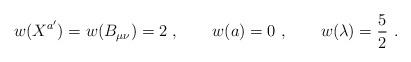
LaTeX: \begin{align*}w (X^{a'})= w (B_{\mu\nu})=2 \ , \qquad w (a) =0 \ , \qquad w(\lambda)={5\over2} \ .\end{align*}